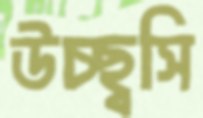
উচ্ছ্বসি